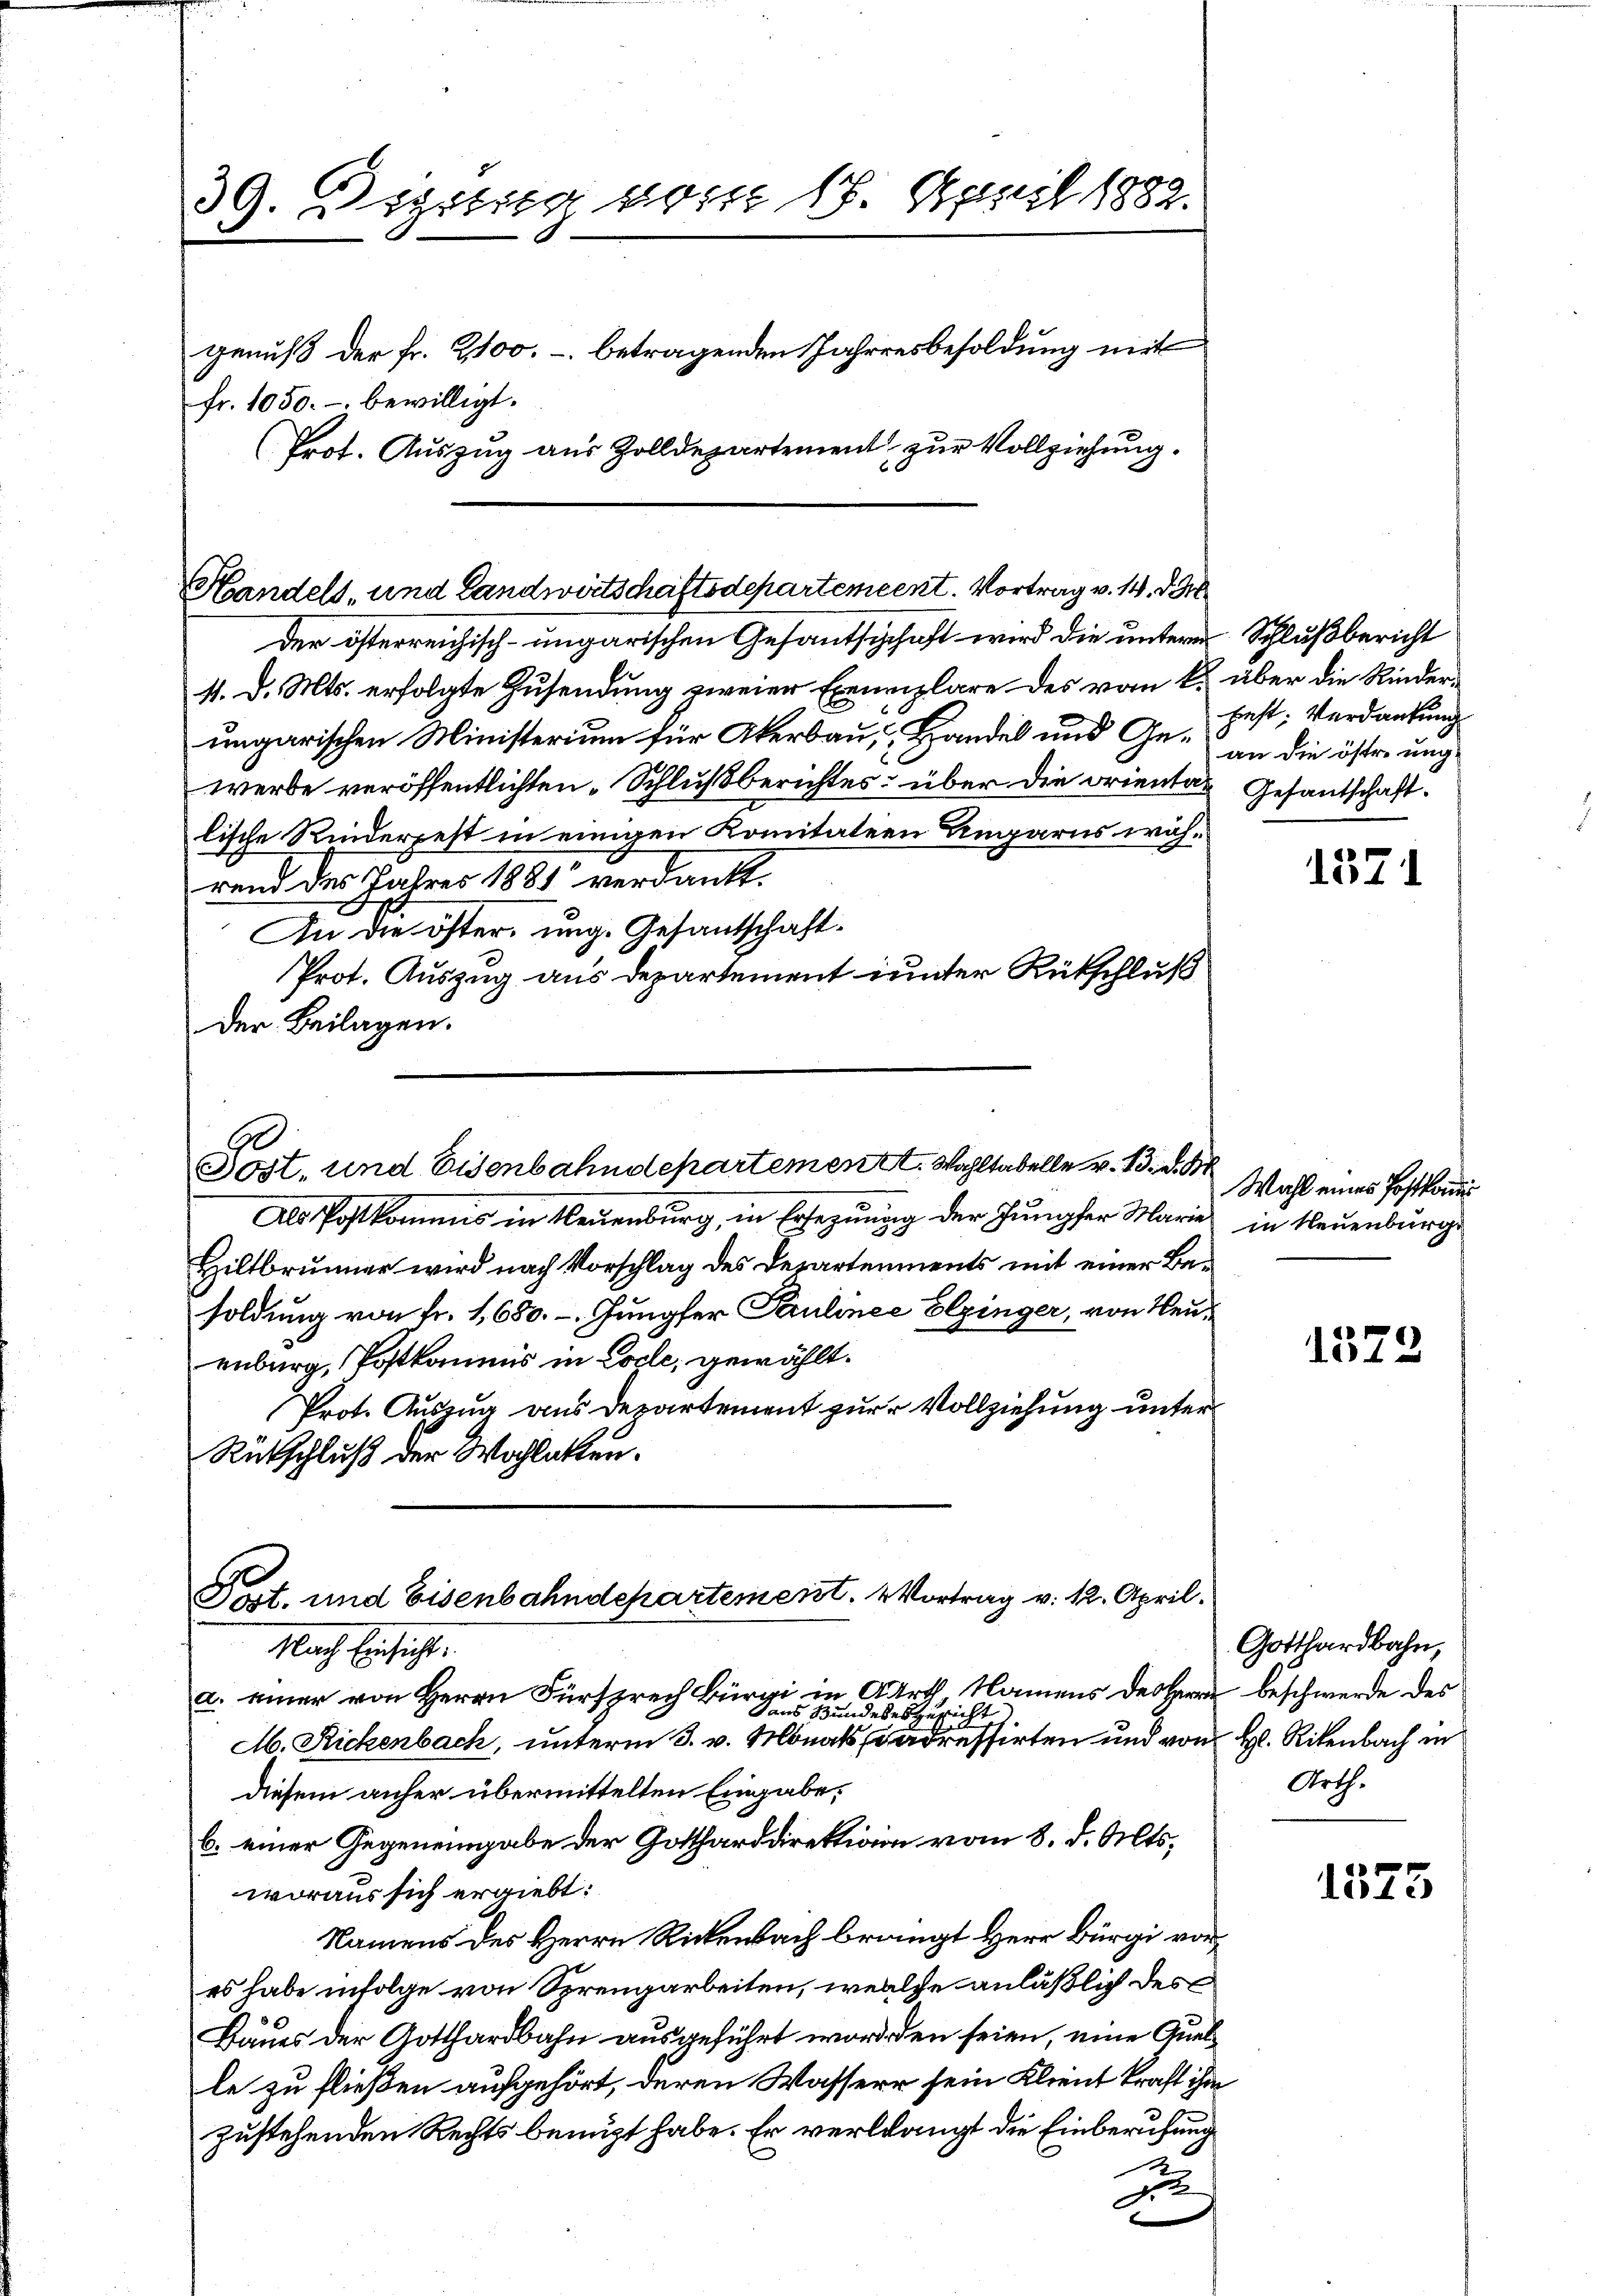
39. Dietig vom 17. April 1882.
genuß der Fr. 2100.- betragenden Jahresbesoldung mit
fr. 1050.- bewilligt.
(Prot. Auszug aus Zolldepartement zur Vollziehung.

Handels- und Landwirtschaftsdepartement. Vortrag v. 14. d. M.

der österreichisch-ungarischen Gesanthischaft wird die untere Schlußbericht
4. d. Mts. erfolgte Zusendung zweier Exemplare des vom k. über die Rinderungarischen Ministerium für Akerbau, Handel und Ge- die öster ung
werde veröffentlichten „Schlußberichtes über die Oriental
lische Kinderpest in einigen Komitatern Eingarns während des Jahres 1881 verdankt.
An die öster, ung. Gesantschaft¬
Prot. Auszug aus Departement unter Rückschluß
Der Beilagen.

Post. und Eisenbahndepartemen A. Wohltabelle v. 13. d. Mt
Als Postkommis in Neuenburg, in Ersezuung der Jungfer Marie in Neuenburg

Post. und Eisenbahndepartement. Vortrag v. 12. April.
Nach Einsicht.

sans Bundebesgericht

best. Verdankung
Gesantschaft.

Hiltbrunner wird nach Vorschlag des Departenments mit einer Besoldung von fr. 1,680. - Jungfer Paulinee Elzinger, von Neuenburg, Postkommis in Code, gewählt.
Prot. Auszug aus Departement zur Vollziehung unter
Rütschluß der Wochlatten.

a. einer von Herrn Fürsprech Bürgi in Arth, Namens des Herrn beschwerde des
M. Rickenbach, unterm 3. v. Monats adressirten und von H. Rikenbach in
diesem anher übermittelten Eingabe,
b. einer Gegeneingabe der Gottharddirektion vom 8. d. Mts.
woraus sich ergiebt:
Namens des Herrn Rickenbach brängt Herr Bürgi vor
es habe infolge von Sprengarbeiten, welche anläßlich des
Baues der Gotthardbahn ausgeführt word, den seien, eine Quelle zu fließen aufgehört, deren Wasserr sein Klient kraft ihm
zustehenden Rechts benuzt habe. Er verlangt die Einberufung
2

1371

Wahl eines Postkomm

1578

Gotthardbahn,
Arth.

1573